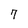
Character: 7